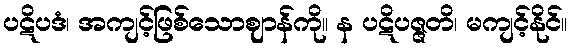
ပဋိပဒံ၊ အကျင့်ဖြစ်သောဈာန်ကို။ န ပဋိပဇ္ဇတိ၊ မကျင့်နိုင်။